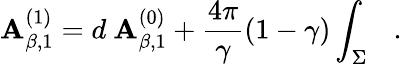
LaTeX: \mathbf{A}_{\beta,1}^{(1)}=d~\mathbf{A}_{\beta,1}^{(0)}+{\frac{{4\pi}}{{\gamma}}}(1-\gamma)\int_{\Sigma}~~~.